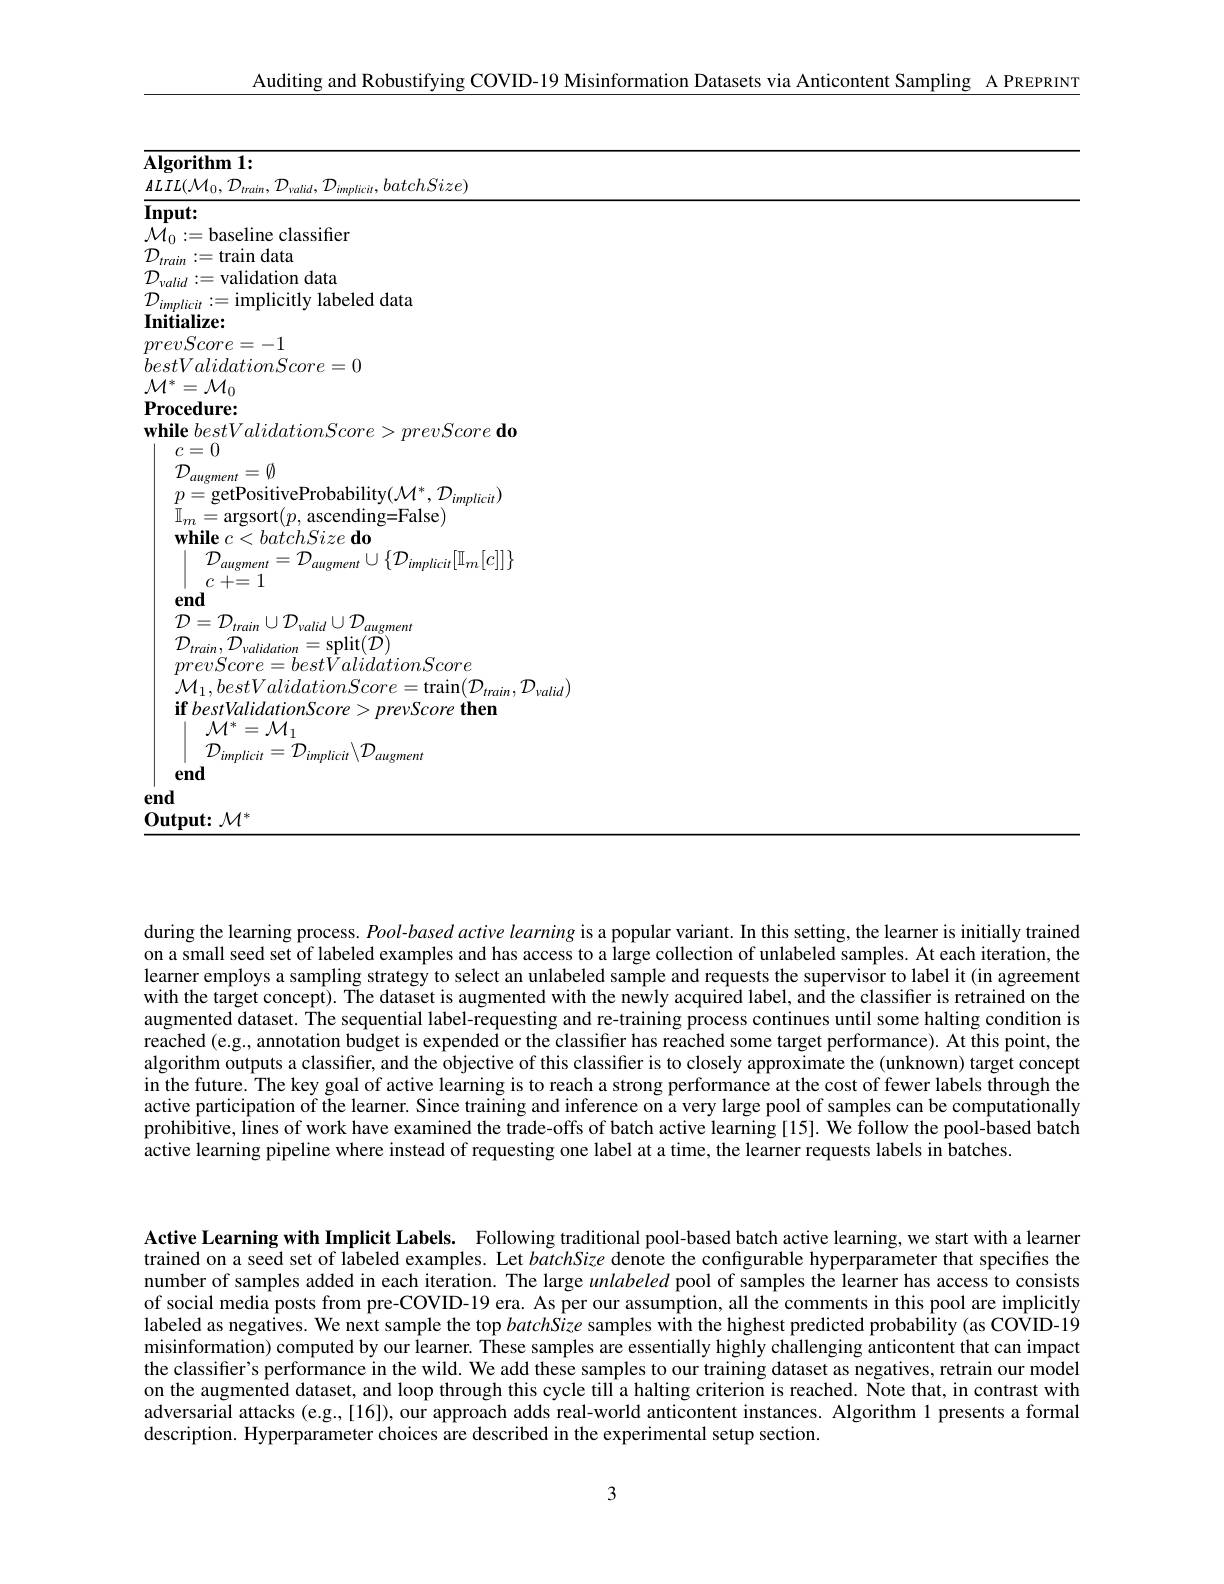
Auditing and Robustifying COVID-19 Misinformation Datasets via Anticontent Sampling A PREPRINT

${\overline{\mathbf{Algorithm~1:}}}$

$\underline{ALIL(\mathcal{M}_{0},\mathcal{D}_{train},\mathcal{D}_{valid},\mathcal{D}_{implicit},batchSize)}$

$\overline{\mathrm{Input:}}$

$\mathcal{M}_0:=$baseline classifier

$\mathcal{D}_{train}:=$train data

$\mathcal{D}_{valid}:=$validation data

$\mathcal{D}_{implicit}:=$implicitly labeled data

${\mathbf{Initialize:}}$

$prevScore=-1$

$bestValidationScore=0$

$\underline{\mathcal{M}^{*}}=\mathcal{M}_{0}$

$\mathbf{Procedure:}$

while $bestValidationScore> prevScore\textbf{ do}$

$c=0$

${\tilde{\mathcal{D}}}_{augment}=\emptyset$

$p=$getPositiveProbability$(\mathcal{M}^*,\mathcal{D}_{implicit})$

$\stackrel{r}{\Pi}_{m}=$argsort$(p$, ascending=False)

$\mathbf{while~}c< batchSize\textbf{do}$

$\mathcal{D}_{augment}=\mathcal{D}_{augment}\cup\{\mathcal{D}_{implicit}[\mathbb{I}_m[c]]\}$

 $c+ = 1$

end

$\mathcal{D}=\mathcal{D}_{train}\cup\mathcal{D}_{valid}\cup\mathcal{D}_{augment}$

$\operatorname{split}(\tilde{D})$

${\mathcal D}_{train},{\mathcal D}_{validation}$

$prevScore=bestValidationScore$

$\mathcal{M}_{1},bestValidationScore=\tan(\mathcal{D}_{train},\mathcal{D}_{valid})$

if bestValidationScore>prevScore then

$\mathcal{M}^*=\mathcal{M}_1$

$\begin{array}{c}{{\mid}}\\{{\mathcal D}_{implicit}={\mathcal D}_{implicit}\setminus{\mathcal D}_{augment}}\\\end{array}$

end

$\underline{{\mathrm{Output:~}}}\mathcal{M}^{*}$

during the learning process. $Pool-based$ active learning is a popular variant. In this setting, the learner is initially trained on a small seed set of labeled examples and has access to a large collection of unlabeled samples. At each iteration, the learner employs a sampling strategy to select an unlabeled sample and requests the supervisor to label it (in agreement with the target concept). The dataset is augmented with the newly acquired label, and the classifier is retrained on the augmented dataset. The sequential label-requesting and re-training process continues until some halting condition is reached (e,g.. annotation budget is expended or the classiffer has reached some target performance). At this point, the algorithm outputs a classifier, and the objective of this classifier is to closely approximate the (unknown) target concept in the future. The key goal of active learning is to reach a strong performance at the cost of fewer labels through the active participation of the learner. Since training and inference on a very large pool of samples can be computationally prohibitive, lines of work have examined the trade-offs of batch active learning [15]. We follow the pool-based batch active learning pipeline where instead of requesting one label at at a time, the learner requests labels in batches.

Active Learning with Implicit Labels. Following traditional pool-based batch active learning, we start with a learner trained on a seed set of labeled examples. Let baitchSize denote the configurable hyperparameter that specifies the number of samples added in each iteration. The large unlabeled pool of samples the learner has access to consists of social media posts from pre-COVID-19 era. As per our assumption, all the comments in this pool are implicitly labeled as negatives. We next sample the top batchSize samples with the highest predicted probability (as COVID-19 misinformation) computed by our learner. These samples are essentially highly challenging anticontent that can impact the classiffer's performance in the wild. We add these samples to our training dataset as negatives, retrain our model on the augmented dataset, and loop through this cycle till a halting criterion is reached. Note that, in contrast with adversarial attacks (e.g.,[16]), our approach adds real-world anticontent instances. Algorithm 1 presents a formal description. Hyperparameter choices are described in the experimental setup section.

3